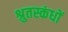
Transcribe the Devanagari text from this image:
श्रुतस्कंधों